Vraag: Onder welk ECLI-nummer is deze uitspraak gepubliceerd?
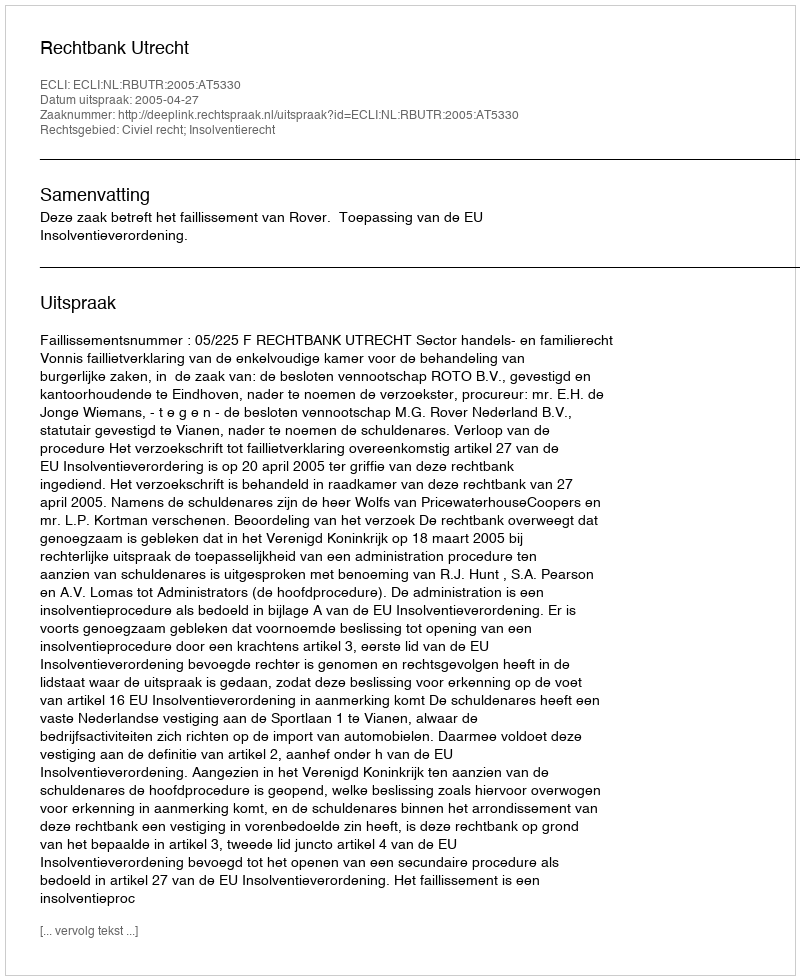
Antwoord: ECLI:NL:RBUTR:2005:AT5330